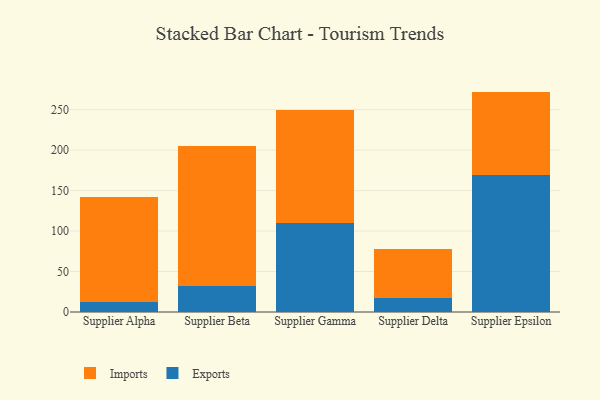
{"axis": {"x": "Supplier", "y": "Production Output"}, "legend": ["Exports", "Imports"], "data": [{"x": "Supplier Alpha", "y": 12.5, "type": "Exports"}, {"x": "Supplier Alpha", "y": 129.8, "type": "Imports"}, {"x": "Supplier Beta", "y": 31.8, "type": "Exports"}, {"x": "Supplier Beta", "y": 173.4, "type": "Imports"}, {"x": "Supplier Gamma", "y": 109.8, "type": "Exports"}, {"x": "Supplier Gamma", "y": 139.6, "type": "Imports"}, {"x": "Supplier Delta", "y": 17.8, "type": "Exports"}, {"x": "Supplier Delta", "y": 60.5, "type": "Imports"}, {"x": "Supplier Epsilon", "y": 169.2, "type": "Exports"}, {"x": "Supplier Epsilon", "y": 103.1, "type": "Imports"}]}